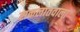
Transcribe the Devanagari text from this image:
सकलातवाला